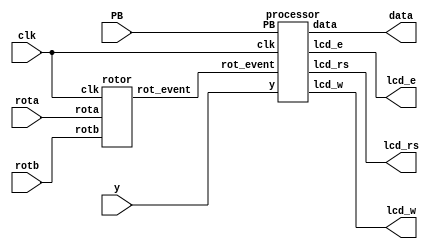

`timescale 1ns / 1ps
`define MAX 1000000
//////////////////////////////////////////////////////////////////////////////////

// Company:

// Engineer:

//


// Design Name:

// Module Name:    Register

// Project Name:

// Target Devices:

// Tool versions:

// Description:

//

// Dependencies:

//

// Revision:

// Revision 0.01 - File Created

// Additional Comments:

//

//////////////////////////////////////////////////////////////////////////////////
module processor_top(clk, rota, rotb, y, PB, lcd_rs, lcd_w, lcd_e, data);
 

 
input clk, rota, rotb;
 
input [3:0] y;
 
input [2:0] PB;
 
output lcd_rs, lcd_w, lcd_e;
 
output [3:0] data;
 
wire lcd_rs, lcd_w, lcd_e;
 
wire [3:0] data;
 
wire rot_event;
 

 

 
rotor R1(rota, rotb, clk, rot_event);
 
processor P1(clk, rot_event, y, PB, lcd_rs, lcd_w, lcd_e, data);
 
endmodule 


module processor(clk, rot_event, y, PB, lcd_rs, lcd_w, lcd_e, data);

// I/O variables
input clk, rot_event;
input [3:0] y;
input [2:0] PB;
output lcd_rs, lcd_w, lcd_e;
output [3:0] data;
wire lcd_rs, lcd_w, lcd_e;
wire [3:0] data;

// My Register file
reg [15:0] register[0:31];

// Extra Variables needed
reg prev_rot_event = 1;
// Addresses
reg [4:0] RAddr1 = 0;
reg [4:0] RAddr2 = 0;
reg [4:0] WAddr = 0;
// Datas'
reg [15:0] RData1 = 0;
reg [15:0] RData2 = 0;
reg [15:0] WData = 0;

reg [2:0] instruction = 0;
reg [3:0] step = 0;

reg [3:0] shift = 0;

reg [127:0] line1 = "                ";
reg [127:0] line2 = "                ";

initial begin
 register[0] <= 0; register[8] <= 0; register[16] <= 0; register[24] <= 0;
 register[1] <= 0; register[9] <= 0; register[17] <= 0; register[25] <= 0;
 register[2] <= 0; register[10] <= 0; register[18] <= 0; register[26] <= 0;
 register[3] <= 0; register[11] <= 0; register[19] <= 0; register[27] <= 0;
 register[4] <= 0; register[12] <= 0; register[20] <= 0; register[28] <= 0;
 register[5] <= 0; register[13] <= 0; register[21] <= 0; register[29] <= 0;
 register[6] <= 0; register[14] <= 0; register[22] <= 0; register[30] <= 0;
 register[7] <= 0; register[15] <= 0; register[23] <= 0; register[31] <= 0;
end

// Now the main execution
always @(posedge clk) begin

 if(PB[1]) step<=0;

 // To Select the instruction to be given
 if(PB[0]) instruction <= y[2:0];

 // To Restart the whole process (or) RESET the resister_file
 if(PB[2]) begin
 register[0] <= 0; register[8] <= 0; register[16] <= 0; register[24] <= 0;
 register[1] <= 0; register[9] <= 0; register[17] <= 0; register[25] <= 0;
 register[2] <= 0; register[10] <= 0; register[18] <= 0; register[26] <= 0;
 register[3] <= 0; register[11] <= 0; register[19] <= 0; register[27] <= 0;
 register[4] <= 0; register[12] <= 0; register[20] <= 0; register[28] <= 0;
 register[5] <= 0; register[13] <= 0; register[21] <= 0; register[29] <= 0;
 register[6] <= 0; register[14] <= 0; register[22] <= 0; register[30] <= 0;
 register[7] <= 0; register[15] <= 0; register[23] <= 0; register[31] <= 0;
 end
 if(~prev_rot_event & rot_event) begin
 case(instruction)
 0: begin
 case(step)
 0: begin
 WAddr[3:0] <= y;
 step <= step + 1;
 end
 1: begin
 WAddr[4] <= y[0];
 step <= step + 1;
 end
 2: begin
 WData[3:0] <= y;
 step <= step + 1;
 end
 3: begin
 WData[7:4] <= y;
 step <= step + 1;
 end
 4: begin
 WData[11:8] <= y;
 step <= step + 1;
 end
 5: begin
 WData[15:12] <= y;
 step <= step + 1;
 end
 6: begin
 register[WAddr] <= WData;
 step <= step + 1;
 end
 7: begin
 line1[127:120] <= WAddr[4] + 48;
 line1[119:112] <= WAddr[3] + 48;
 line1[111:104] <= WAddr[2] + 48;
 line1[103:96] <= WAddr[1] + 48;
 line1[95:88] <= WAddr[0] + 48;
 line1[87:0] <= "           ";

 line2[127:120] <= WData[15] + 48; line2[63:56] <= WData[7] + 48;
 line2[119:112] <= WData[14] + 48; line2[55:48] <= WData[6] + 48;
 line2[111:104] <= WData[13] + 48; line2[47:40] <= WData[5] + 48;
 line2[103:96] <= WData[12] + 48; line2[39:32] <= WData[4] + 48;
 line2[95:88] <= WData[11] + 48; line2[31:24] <= WData[3] + 48;
 line2[87:80] <= WData[10] + 48; line2[23:16] <= WData[2] + 48;
 line2[79:72] <= WData[9] + 48; line2[15:8] <= WData[1] + 48;
 line2[71:64] <= WData[8] + 48; line2[7:0] <= WData[0] + 48;
 step <= 0;
 end
 endcase
 end
 1: begin
 case(step)
 0: begin
 RAddr1[3:0] <= y;
 step <= step + 1;
 end
 1: begin
 RAddr1[4] <= y[0];
 step <= step + 1;
 end
 2: begin
 RData1 <= register[RAddr1];
 step <= step + 1;
 end
 3: begin

 line1[127:120] <= RAddr1[4] + 48;
 line1[119:112] <= RAddr1[3] + 48;
 line1[111:104] <= RAddr1[2] + 48;
 line1[103:96] <= RAddr1[1] + 48;
 line1[95:88] <= RAddr1[0] + 48;
 line1[87:0] <= "           ";

 line2[127:120] <= RData1[15] + 48; line2[63:56] <= RData1[7] + 48;
 line2[119:112] <= RData1[14] + 48; line2[55:48] <= RData1[6] + 48;
 line2[111:104] <= RData1[13] + 48; line2[47:40] <= RData1[5] + 48;
 line2[103:96] <= RData1[12] + 48; line2[39:32] <= RData1[4] + 48;
 line2[95:88] <= RData1[11] + 48; line2[31:24] <= RData1[3] + 48;
 line2[87:80] <= RData1[10] + 48; line2[23:16] <= RData1[2] + 48;
 line2[79:72] <= RData1[9] + 48; line2[15:8] <= RData1[1] + 48;
 line2[71:64] <= RData1[8] + 48; line2[7:0] <= RData1[0] + 48;
 step <= 0;
 end
 endcase
 end
 2: begin
 case(step)
 0: begin
 RAddr1[3:0] <= y;
 step <= step + 1;
 end
 1: begin
 RAddr1[4] <= y[0];
 step <= step + 1;
 end
 2: begin
 RAddr2[3:0] <= y;
 step <= step + 1;
 end
 3: begin
 RAddr2[4] <= y[0];
 step <= step + 1;
 end
 4: begin
 RData1 <= register[RAddr1];
 RData2 <= register[RAddr2];
 step <= step + 1;
 end
 5: begin

 line1[127:120] <= RData1[15] + 48; line1[63:56] <= RData1[7] + 48;
 line1[119:112] <= RData1[14] + 48; line1[55:48] <= RData1[6] + 48;
 line1[111:104] <= RData1[13] + 48; line1[47:40] <= RData1[5] + 48;
 line1[103:96] <= RData1[12] + 48; line1[39:32] <= RData1[4] + 48;
 line1[95:88] <= RData1[11] + 48; line1[31:24] <= RData1[3] + 48;
 line1[87:80] <= RData1[10] + 48; line1[23:16] <= RData1[2] + 48;
 line1[79:72] <= RData1[9] + 48; line1[15:8] <= RData1[1] + 48;
 line1[71:64] <= RData1[8] + 48; line1[7:0] <= RData1[0] + 48;

 line2[127:120] <= RData2[15] + 48; line2[63:56] <= RData2[7] + 48;
 line2[119:112] <= RData2[14] + 48; line2[55:48] <= RData2[6] + 48;
 line2[111:104] <= RData2[13] + 48; line2[47:40] <= RData2[5] + 48;
 line2[103:96] <= RData2[12] + 48; line2[39:32] <= RData2[4] + 48;
 line2[95:88] <= RData2[11] + 48; line2[31:24] <= RData2[3] + 48;
 line2[87:80] <= RData2[10] + 48; line2[23:16] <= RData2[2] + 48;
 line2[79:72] <= RData2[9] + 48; line2[15:8] <= RData2[1] + 48;
 line2[71:64] <= RData2[8] + 48; line2[7:0] <= RData2[0] + 48;
 step <= 0;
 end
 endcase
 end
 3: begin
 case(step)
 0: begin
 RAddr1[3:0] <= y;
 step <= step + 1;
 end
 1: begin
 RAddr1[4] <= y[0];
 step <= step + 1;
 end
 2: begin
 WAddr[3:0] <= y;
 step <= step + 1;
 end
 3: begin
 WAddr[4] <= y[0];
 step <= step + 1;
 end
 4: begin
 WData[3:0] <= y;
 step <= step + 1;
 end
 5: begin
 WData[7:4] <= y;
 step <= step + 1;
 end
 6: begin
 WData[11:8] <= y;
 step <= step + 1;
 end
 7: begin
 WData[15:12] <= y;
 step <= step + 1;
 end
 8: begin
 RData1 <= register[RAddr1];
 register[WAddr] <= WData;
 step <= step + 1;
 end
 9: begin

 line1[127:120] <= RAddr1[4] + 48;
 line1[119:112] <= RAddr1[3] + 48;
 line1[111:104] <= RAddr1[2] + 48;
 line1[103:96] <= RAddr1[1] + 48;
 line1[95:88] <= RAddr1[0] + 48;
 line1[87:0] <= "           ";

 line2[127:120] <= RData1[15] + 48; line2[63:56] <= RData1[7] + 48;
 line2[119:112] <= RData1[14] + 48; line2[55:48] <= RData1[6] + 48;
 line2[111:104] <= RData1[13] + 48; line2[47:40] <= RData1[5] + 48;
 line2[103:96] <= RData1[12] + 48; line2[39:32] <= RData1[4] + 48;
 line2[95:88] <= RData1[11] + 48; line2[31:24] <= RData1[3] + 48;
 line2[87:80] <= RData1[10] + 48; line2[23:16] <= RData1[2] + 48;
 line2[79:72] <= RData1[9] + 48; line2[15:8] <= RData1[1] + 48;
 line2[71:64] <= RData1[8] + 48; line2[7:0] <= RData1[0] + 48;
 step <= 0;
 end
 endcase
 end
 4: begin
 case(step)
 0: begin
 RAddr1[3:0] <= y;
 step <= step + 1;
 end
 1: begin
 RAddr1[4] <= y[0];
 step <= step + 1;
 end
 2: begin
 RAddr2[3:0] <= y;
 step <= step + 1;
 end
 3: begin
 RAddr2[4] <= y[0];
 step <= step + 1;
 end
 4: begin
 WAddr[3:0] <= y;
 step <= step + 1;
 end
 5: begin
 WAddr[4] <= y[0];
 step <= step + 1;
 end
 6: begin
 WData[3:0] <= y;
 step <= step + 1;
 end
 7: begin
 WData[7:4] <= y;
 step <= step + 1;
 end
 8: begin
 WData[11:8] <= y;
 step <= step + 1;
 end
 9: begin
 WData[15:12] <= y;
 step <= step + 1;
 end
 10: begin
 register[WAddr] <= WData;

 RData1 <= register[RAddr1];
 RData2 <= register[RAddr2];
 step <= step + 1;
 end
 11: begin

 line1[127:120] <= RData1[15] + 48; line1[63:56] <= RData1[7] + 48;
 line1[119:112] <= RData1[14] + 48; line1[55:48] <= RData1[6] + 48;
 line1[111:104] <= RData1[13] + 48; line1[47:40] <= RData1[5] + 48;
 line1[103:96] <= RData1[12] + 48; line1[39:32] <= RData1[4] + 48;
 line1[95:88] <= RData1[11] + 48; line1[31:24] <= RData1[3] + 48;
 line1[87:80] <= RData1[10] + 48; line1[23:16] <= RData1[2] + 48;
 line1[79:72] <= RData1[9] + 48; line1[15:8] <= RData1[1] + 48;
 line1[71:64] <= RData1[8] + 48; line1[7:0] <= RData1[0] + 48;

 line2[127:120] <= RData2[15] + 48; line2[63:56] <= RData2[7] + 48;
 line2[119:112] <= RData2[14] + 48; line2[55:48] <= RData2[6] + 48;
 line2[111:104] <= RData2[13] + 48; line2[47:40] <= RData2[5] + 48;
 line2[103:96] <= RData2[12] + 48; line2[39:32] <= RData2[4] + 48;
 line2[95:88] <= RData2[11] + 48; line2[31:24] <= RData2[3] + 48;
 line2[87:80] <= RData2[10] + 48; line2[23:16] <= RData2[2] + 48;
 line2[79:72] <= RData2[9] + 48; line2[15:8] <= RData2[1] + 48;
 line2[71:64] <= RData2[8] + 48; line2[7:0] <= RData2[0] + 48;
 step <= 0;
 end
 endcase
 end
 5: begin
 case(step)
 0: begin
 RAddr1[3:0] <= y;
 step <= step + 1;
 end
 1: begin
 RAddr1[4] <= y[0];
 step <= step + 1;
 end
 2: begin
 RAddr2[3:0] <= y;
 step <= step + 1;
 end
 3: begin
 RAddr2[4] <= y[0];
 RData1 <= register[RAddr1];
 step <= step + 1;
 end
 4: begin
 WAddr[3:0] <= y;

 RData2 <= register[RAddr2];
 step <= step + 1;
 end
 5: begin
 WAddr[4] <= y[0];
 if($signed(RData1) < $signed(RData2)) WData <= 1;
 else WData <= 0;
 step <= step + 1;
 end
 6: begin

 register[WAddr] <= WData;

 line1[127:120] <= WAddr[4] + 48;
 line1[119:112] <= WAddr[3] + 48;
 line1[111:104] <= WAddr[2] + 48;
 line1[103:96] <= WAddr[1] + 48;
 line1[95:88] <= WAddr[0] + 48;
 line1[87:0] <= "           ";

 line2[127:120] <= WData[15] + 48; line2[63:56] <= WData[7] + 48;
 line2[119:112] <= WData[14] + 48; line2[55:48] <= WData[6] + 48;
 line2[111:104] <= WData[13] + 48; line2[47:40] <= WData[5] + 48;
 line2[103:96] <= WData[12] + 48; line2[39:32] <= WData[4] + 48;
 line2[95:88] <= WData[11] + 48; line2[31:24] <= WData[3] + 48;
 line2[87:80] <= WData[10] + 48; line2[23:16] <= WData[2] + 48;
 line2[79:72] <= WData[9] + 48; line2[15:8] <= WData[1] + 48;
 line2[71:64] <= WData[8] + 48; line2[7:0] <= WData[0] + 48;
 step <= 0;
 end
 endcase
 end
 6: begin
 case(step)
 0: begin
 RAddr1[3:0] <= y;
 step <= step + 1;
 end
 1: begin
 RAddr1[4] <= y[0];
 step <= step + 1;
 end
 2: begin
 RData1 <= register[RAddr1];
 RAddr2[3:0] <= y;
 step <= step + 1;
 end
 3: begin
 RAddr2[4] <= y[0];
 step <= step + 1;
 end
 4: begin
 RData2 <= register[RAddr2];
 WAddr[3:0] <= y;
 step <= step + 1;
 end
 5: begin
 WAddr[4] <= y[0];
 WData <= RData1 ^ RData2;
 step <= step + 1;
 end
 6: begin

 register[WAddr] <= WData;

 line1[127:120] <= WAddr[4] + 48;
 line1[119:112] <= WAddr[3] + 48;
 line1[111:104] <= WAddr[2] + 48;
 line1[103:96] <= WAddr[1] + 48;
 line1[95:88] <= WAddr[0] + 48;
 line1[87:0] <= "           ";

 line2[127:120] <= WData[15] + 48; line2[63:56] <= WData[7] + 48;
 line2[119:112] <= WData[14] + 48; line2[55:48] <= WData[6] + 48;
 line2[111:104] <= WData[13] + 48; line2[47:40] <= WData[5] + 48;
 line2[103:96] <= WData[12] + 48; line2[39:32] <= WData[4] + 48;
 line2[95:88] <= WData[11] + 48; line2[31:24] <= WData[3] + 48;
 line2[87:80] <= WData[10] + 48; line2[23:16] <= WData[2] + 48;
 line2[79:72] <= WData[9] + 48; line2[15:8] <= WData[1] + 48;
 line2[71:64] <= WData[8] + 48; line2[7:0] <= WData[0] + 48;
 step <= 0;
 end
 endcase
 end
 7: begin
 case(step)
 0: begin
 RAddr1[3:0] <= y;
 step <= step + 1;
 end
 1: begin
 RAddr1[4] <= y[0];
 step <= step + 1;
 end
 2: begin
 WAddr[3:0] <= y;
 RData1 <= register[RAddr1];
 step <= step + 1;
 end
 3: begin
 WAddr[4] <= y[0];
 step <= step + 1;
 end
 4: begin
 shift <= y;
 step <= step + 1;
 end
 5: begin
 WData <= $signed(RData1) << shift;
 step <= step + 1;
 end
 6: begin

 register[WAddr] <= WData;

 line1[127:120] <= WAddr[4] + 48;
 line1[119:112] <= WAddr[3] + 48;
 line1[111:104] <= WAddr[2] + 48;
 line1[103:96] <= WAddr[1] + 48;
 line1[95:88] <= WAddr[0] + 48;
 line1[87:0] <= "           ";

 line2[127:120] <= WData[15] + 48; line2[63:56] <= WData[7] + 48;
 line2[119:112] <= WData[14] + 48; line2[55:48] <= WData[6] + 48;
 line2[111:104] <= WData[13] + 48; line2[47:40] <= WData[5] + 48;
 line2[103:96] <= WData[12] + 48; line2[39:32] <= WData[4] + 48;
 line2[95:88] <= WData[11] + 48; line2[31:24] <= WData[3] + 48;
 line2[87:80] <= WData[10] + 48; line2[23:16] <= WData[2] + 48;
 line2[79:72] <= WData[9] + 48; line2[15:8] <= WData[1] + 48;
 line2[71:64] <= WData[8] + 48; line2[7:0] <= WData[0] + 48;
 step <= 0;
 end
 endcase
 end
 endcase
 end

 prev_rot_event <= rot_event;
end

lcd_driver L1(line1, line2, clk, lcd_rs, lcd_w, lcd_e, data);

endmodule



module lcd_driver(line1, line2, clk, lcd_rs, lcd_w, lcd_e, data);
 

 
input [127:0] line1;
 
input [127:0] line2;
 
input clk;
 
output lcd_rs, lcd_w, lcd_e;
 
output [3:0] data;
 
reg lcd_rs, lcd_w, lcd_e;
 
reg [3:0] data;
 
reg [20:0] counter = 21'b0;
 
reg [1:0] step = 2'b01;
 
reg [4:0] state = 5'b0;
 
reg [1:0] linechange = 2'b0;
 
reg [7:0] pos = 127;
 
reg [3:0] db;
 

 
always @(posedge clk) begin
 
if((counter == `MAX)) begin
 
if(step == 2'b01) begin
 
lcd_e  <= 1'b0;
 
step  <= step + 1;
 
end
 
else if(step == 2'b11) begin
 
lcd_e  <= 1'b1;
 
step  <= 2'b01;
 
end
 
else if(step == 2'b10) begin
 
case(state)
 
0: begin
 
lcd_rs  <= 1'b0;
 
lcd_w  <= 1'b0;
 
data  <= 4'h3;
 
state  <= state + 1;
 
end
 
1: begin
 
lcd_rs  <= 1'b0;
 
lcd_w  <= 1'b0;
 
data  <= 4'h3;
 
state  <= state + 1;
 
end
 
2: begin
 
lcd_rs  <= 1'b0;
 
lcd_w  <= 1'b0;
 
data  <= 4'h3;
 
state  <= state + 1;
 
end
 
3: begin
 
lcd_rs  <= 1'b0;
 
lcd_w  <= 1'b0;
 
data  <= 4'h2;
 
state  <= state + 1;
 
end
 
4: begin
 
lcd_rs  <= 1'b0;
 
lcd_w  <= 1'b0;
 
data  <= 4'h2;
 
state  <= state + 1;
 
end
 
5: begin
 
lcd_rs  <= 1'b0;
 
lcd_w  <= 1'b0;
 
data  <= 4'h8;
 
state  <= state + 1;
 
end
 
6: begin
 
lcd_rs  <= 1'b0;
 
lcd_w  <= 1'b0;
 
data  <= 4'h0;
 
state  <= state + 1;
 
end
 
7: begin
 
lcd_rs  <= 1'b0;
 
lcd_w  <= 1'b0;
 
data  <= 4'h6;
 
state  <= state + 1;
 
end
 
8: begin
 
lcd_rs  <= 1'b0;
 
lcd_w  <= 1'b0;
 
data  <= 4'h0;
 
state  <= state + 1;
 
end
 
9: begin
 
lcd_rs  <= 1'b0;
 
lcd_w  <= 1'b0;
 
data  <= 4'hC;
 
state  <= state + 1;
 
end
 
10: begin  
 
lcd_rs  <= 1'b0;
 
lcd_w  <= 1'b0;
 
data  <= 4'h0;
 
state  <= state + 1;
 
end
 
11: begin  
 
lcd_rs  <= 1'b0;
 
lcd_w  <= 1'b0;
 
data  <= 4'h1;
 
state  <= state + 1;
 
end
 
12: begin
 
lcd_rs  <= 1'b0;
 
lcd_w  <= 1'b0;
 
data  <= 4'h8;
 
state  <= state + 1;
 
end
 
13: begin
 
lcd_rs  <= 1'b0;
 
lcd_w  <= 1'b0;
 
data  <= 4'h0;
 
state  <= state + 1;
 
end
 
14: begin
 
if(linechange == 0) begin
 
db = line1[pos-:4];
 
lcd_rs  <= 1'b1;
 
lcd_w  <= 1'b0;
 
data  <= db[3:0];
 
if(pos == 3) begin
 
pos  <= 127;
 
linechange  <= linechange + 1;
 
end
 
else pos  <= pos - 4;
 
end
 
 
 
if(linechange == 1) begin
 
lcd_rs  <= 1'b0;
 
lcd_w  <= 1'b0;
 
data  <= 4'hC;
 
linechange  <= linechange + 1;
 
 
 
end
 
 
 
if(linechange == 2) begin
 
lcd_rs  <= 1'b0;
 
lcd_w  <= 1'b0;
 
data  <= 4'h0;
 
linechange  <= linechange + 1;
 
 
 
end
 
 
 
if(linechange == 3) begin
 
db = line2[pos-:4];
 
lcd_rs  <= 1'b1;
 
lcd_w  <= 1'b0;
 
data  <= db[3:0];
 
if(pos == 3) begin
 
state  <= 0;
 
step  <= 1;
 
linechange  <= 0;
 
counter  <= 0;
 
pos  <= 127;
 

 
end
 
else pos  <= pos - 4;
 
end
 
 
 
end
 
endcase
 

 

 
step  <= step + 1;
 
end
 
counter  <= 21'b0;
 
end
 
else
 
counter  <= counter + 1;
 
end
 

 
endmodule
 
 
module rotor(rota, rotb, clk, rot_event);
 

 
input rota, rotb, clk;
 
output    rot_event;
 
reg rot_event = 0;
 

 
always @(posedge clk) begin
 
if(rota  &  rotb)
 
rot_event  <= 1;
 
else if(~rota  &  ~rotb)
 
rot_event  <= 0;
 
end
 

 
endmodule